Annual report on the working of the mental hospitals in the Madras Presidency - 1912-1932
Year: 1912
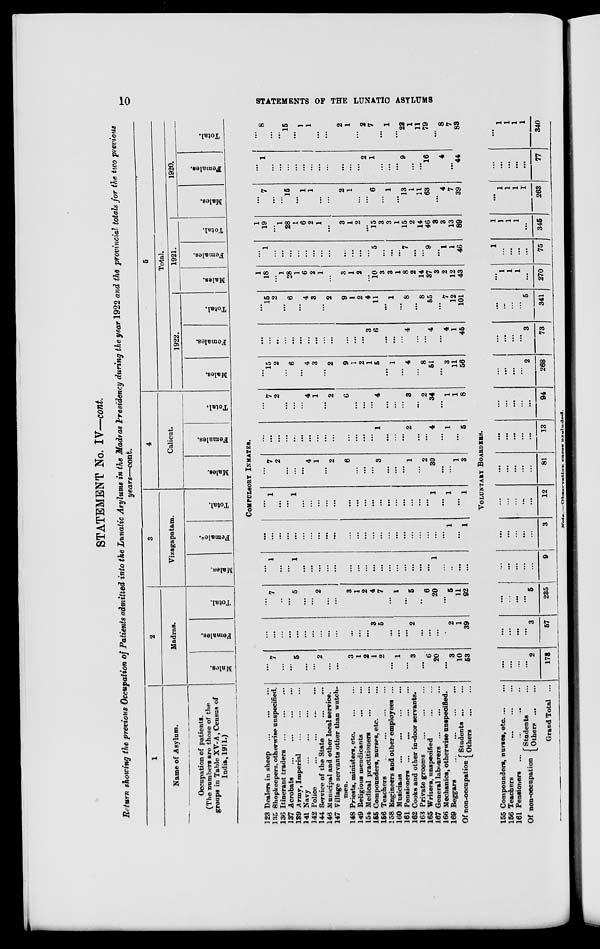
10
STATEMENTS OF THE LUNATIC ASYLUMS
STATEMENT No. IV—cont.
Return showing the previous Occupation of Patients admitted into the Lunatic Asylums in the Madras Presidency during the year 1922 and the provincial totals for the two previous
years—cont.
1
Name of Asylum.
Occupation of patients.
(The numbers are those of the
groups in Table XV-A, Census of
India, 1911.)
123 Dealers in sheep ... ... ...
135 Shopkeepers, otherwise unspecified.
136 Itinerant traders
...
...
...
137 Acrobats
...
...
...
...
139 Army, Imperial
...
...
...
141 Navy
...
...
...
142 Police
...
...
...
...
144 Service of the State
...
...
146 Municipal and other local service.
147 Village servants other than watch-
men.
148 Priests, ministers, etc
...
...
149 Religious mendicants
...
...
154 Medical practitioners
...
...
155 Compounders, nurses, etc. ...
156 Teachers
...
...
...
...
158 Engineers and other employees ...
160 Musicians
...
...
...
...
161 Pensioners
...
...
...
...
162 Cooks and other in-door servants.
163 Private grooms ... ... ...
165 Writers, unspecified
...
...
167 General labourers
...
...
...
166 Mechanics, otherwise unspecified.
169 Beggars
...
...
...
...
Of non-occupation Students
...
...
Others ... ...
155 Compounders, nurses, etc ... ...
156 Teachers
...
...
...
161 Pensioners
...
...
...
...
Of non-occupation
Students ... ...
Others
...
...
Grand Total ...
2
Madras.
Males.
Females.
Total.
3
Vizagapatam.
Males.
Females.
Total.
4
Calicut.
Males.
Females.
Total.
5
Total.
1922.
Males.
Females.
Total.
1921.
Males.
Females.
Total.
1920.
Males.
Females.
Total.
COMPULSORY INMATES.
...
7
...
...
5
...
...
2
...
...
3
1
2
1
2
...
1
...
3
...
6
20
...
3
10
53
...
...
...
...
...
...
...
...
...
...
...
...
...
3
5
...
...
...
2
...
...
...
...
2
1
39
...
7
...
...
5
...
...
2
...
...
3
1
2
4
7
...
1
...
5
...
6
20
...
5
11
92
...
1
...
...
1
...
...
...
...
...
...
...
...
...
...
...
...
...
...
...
...
1
...
..
...
...
...
...
...
...
...
...
...
...
...
...
...
...
...
...
...
...
...
...
...
...
...
...
...
1
...
1
...
1
...
...
1
...
...
...
...
...
...
...
...
...
...
...
...
...
...
...
...
1
...
1
...
1
...
7
2
...
...
...
4
1
...
2
6
...
...
...
3
...
...
...
1
...
2
30
...
...
1
3
...
...
...
...
...
...
...
...
...
...
...
...
...
...
1
...
...
...
2
...
...
4
...
1
...
5
...
7
2
...
...
...
4
1
...
2
6
...
...
...
4
...
...
...
3
...
2
34
...
1
1
8
...
15
2
...
6
...
4
3
...
2
9
1
2
1
5
...
1
...
4
...
8
51
...
3
11
56
...
...
....
...
...
...
...
...
...
...
...
...
...
3
6
...
...
...
4
...
...
4
...
4
1
45
...
15
2
...
6
...
4
3
...
2
9
1
2
4
11
...
1
...
8
...
8
55
...
7
12
101
1
18
...
1
28
1
6
2
1
...
3
1
2
...
10
3
3
1
8
2
14
37
3
2
12
43
...
1
...
...
...
...
...
...
...
...
...
...
...
...
5
...
...
...
7
...
...
9
...
1
1
46
1
19
...
1
28
1
6
2
1
...
3
1
2
...
15
3
3
1
15
2
14
46
3
3
13
89
...
7
...
...
15
...
1
1
...
...
2
1
...
...
6
...
1
...
13
1
11
63
...
4
7
39
...
1
...
...
...
...
...
...
...
...
...
...
...
2
1
...
...
...
9
...
...
16
...
4
...
44
...
8
...
...
15
...
1
1
...
...
2
1
...
2
7
...
1
...
22
1
11
79
...
8
7
83
VOLUNTARY BOARDERS.
...
...
...
...
2
178
...
...
...
...
3
57
...
...
...
...
5
235
...
...
...
...
...
9
...
...
...
...
...
3
...
...
...
...
...
12
...
...
...
...
...
81
...
...
...
...
...
13
...
...
...
...
...
94
...
...
...
...
2
268
...
...
...
...
3
73
...
...
...
...
5
341
...
1
1
1
...
270
1
...
...
...
...
75
1
1
1
1
...
345
...
1
1
1
1
263
...
...
...
...
...
77
...
1
1
1
1
340